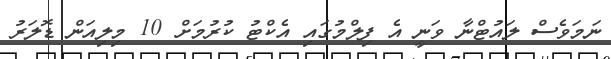
ނަމަވެސް ލައުޓްނާ ވަނީ އެ ފިލްމުގައި އެކްޓު ކުރުމަށް 10 މިިލިއަން ޑޮލަރު